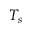
T _ { s }